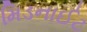
મિડનાઈટ